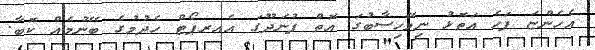
އެހެންޏަ ފަހެ އަތޮޅު ނިމޭހިސާބުގަ އޮތް ފުނަދޫގަ އެއރޕޯޓް ހެދުމުގެ ބޭނުމެއް ކޮބާ.